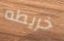
خريطه